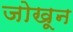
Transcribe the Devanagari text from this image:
जोखून